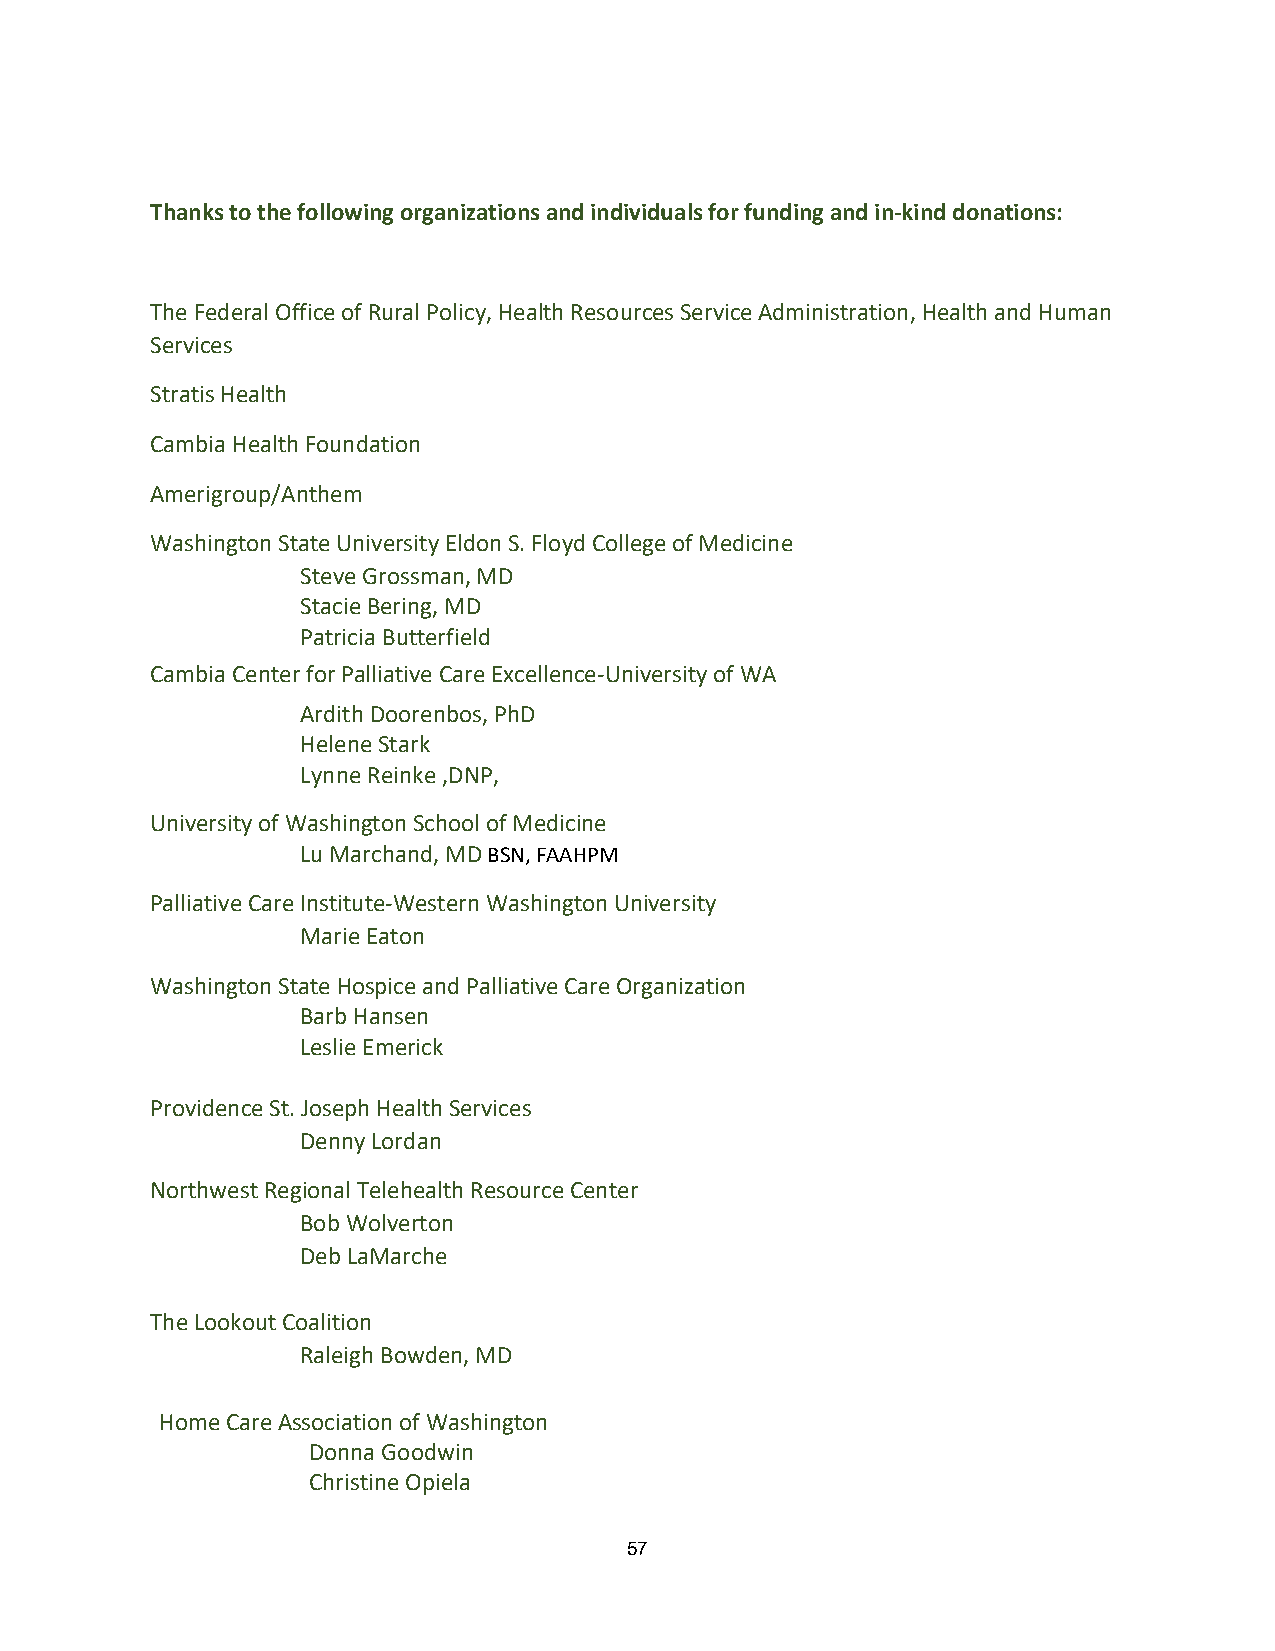
Thanks to the following organizations and individuals for funding and in-kind donations:
 The Federal Office of Rural Policy, Health Resources Service Administration, Health and Human
 Services
 Stratis Health
 Cambia Health Foundation
 Amerigroup/Anthem
 Washington State University Eldon S. Floyd College of Medicine
 Steve Grossman, MD
 Stacie Bering, MD
 Patricia Butterfield
 Cambia Center for Palliative Care Excellence-University of WA
 Ardith Doorenbos, PhD
 Helene Stark
 Lynne Reinke ,DNP,
 University of Washington School of Medicine
 Lu Marchand, MD BSN, FAAHPM
 Palliative Care Institute-Western Washington University
 Marie Eaton
 Washington State Hospice and Palliative Care Organization
 Barb Hansen
 Leslie Emerick
 Providence St. Joseph Health Services
 Denny Lordan
 Northwest Regional Telehealth Resource Center
 Bob Wolverton
 Deb LaMarche
 The Lookout Coalition
 Raleigh Bowden, MD
 Home Care Association of Washington
 Donna Goodwin
 Christine Opiela
 57